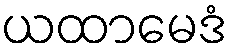
ယထာမေဒံ